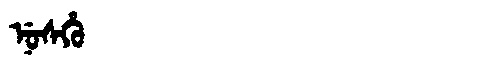
Manchu: ᠨᡠᠰᡥᡠ
Romanization: NUSHU